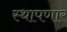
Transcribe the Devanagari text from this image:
स्थापणार